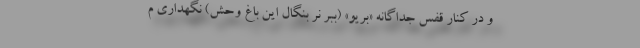
و در کنار قفس جداگانه «بریو» (ببر نر بنگال این باغ وحش) نگهداری م